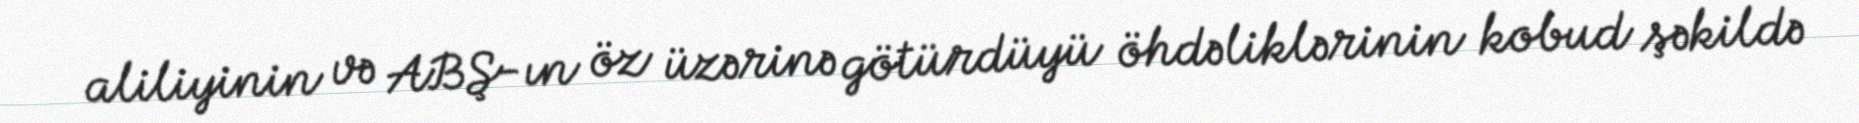
aliliyinin və ABŞ-ın öz üzərinə götürdüyü öhdəliklərinin kobud şəkildə